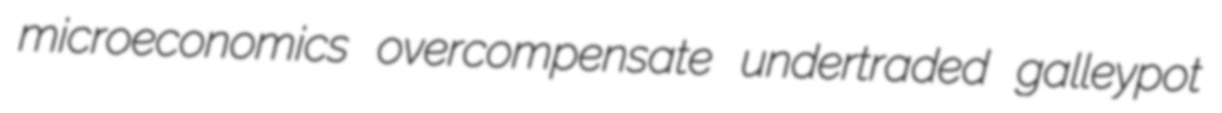
microeconomics overcompensate undertraded galleypot